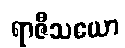
ရာဇီသယော